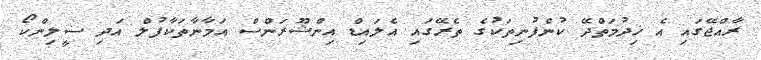
ރާއްޖޭގައި އެ ޚިދުމަތްދޭ ކުންފުނިތަކުގެ ތެރޭގައި އެލައިޑް އިންޝޫރަންސް އަމާނާތަކާފުލް އަދި ސީލިންކޯ